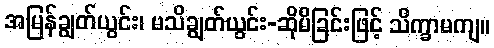
အမြန်ချွတ်ယွင်း၊ မသိချွတ်ယွင်း-ဆိုမိခြင်းဖြင့် သိက္ခာမကျ။